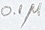
Text: 0.1µ